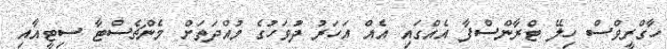
ހާގްރީވްސް ހިލޭ ޓްރާންސްފާ އެއްގައި އެއް އަހަރު ދުވަހުގެ މުއްދަތަށް މެންޗެސްޓާ ސިޓީއާއި